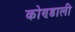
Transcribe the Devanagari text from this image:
कोण्डाली